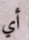
أي